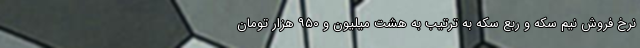
نرخ فروش نیم سکه و ربع سکه به ترتیب به هشت میلیون و ۹۵۰ هزار تومان